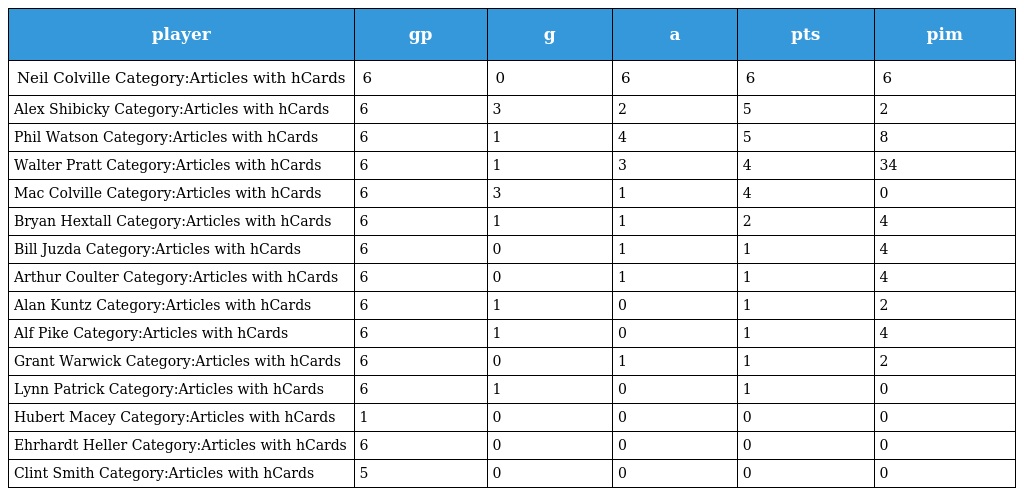
| player | gp | g | a | pts | pim |
 | --- | --- | --- | --- | --- | --- |
 | Neil Colville Category:Articles with hCards | 6 | 0 | 6 | 6 | 6 |
 | Alex Shibicky Category:Articles with hCards | 6 | 3 | 2 | 5 | 2 |
 | Phil Watson Category:Articles with hCards | 6 | 1 | 4 | 5 | 8 |
 | Walter Pratt Category:Articles with hCards | 6 | 1 | 3 | 4 | 34 |
 | Mac Colville Category:Articles with hCards | 6 | 3 | 1 | 4 | 0 |
 | Bryan Hextall Category:Articles with hCards | 6 | 1 | 1 | 2 | 4 |
 | Bill Juzda Category:Articles with hCards | 6 | 0 | 1 | 1 | 4 |
 | Arthur Coulter Category:Articles with hCards | 6 | 0 | 1 | 1 | 4 |
 | Alan Kuntz Category:Articles with hCards | 6 | 1 | 0 | 1 | 2 |
 | Alf Pike Category:Articles with hCards | 6 | 1 | 0 | 1 | 4 |
 | Grant Warwick Category:Articles with hCards | 6 | 0 | 1 | 1 | 2 |
 | Lynn Patrick Category:Articles with hCards | 6 | 1 | 0 | 1 | 0 |
 | Hubert Macey Category:Articles with hCards | 1 | 0 | 0 | 0 | 0 |
 | Ehrhardt Heller Category:Articles with hCards | 6 | 0 | 0 | 0 | 0 |
 | Clint Smith Category:Articles with hCards | 5 | 0 | 0 | 0 | 0 |